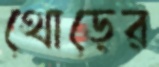
থোড়ের